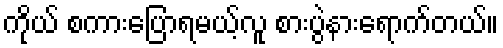
ကိုယ် စကားပြောရမယ့်လူ စားပွဲနားရောက်တယ်။